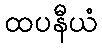
ထပနီယံ